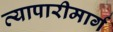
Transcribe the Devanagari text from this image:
व्यापारीमार्ग